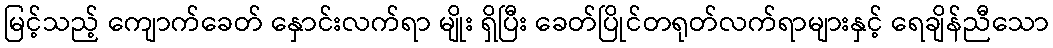
မြင့်သည့် ကျောက်ခေတ် နှောင်းလက်ရာ မျိုး ရှိပြီး ခေတ်ပြိုင်တရုတ်လက်ရာများနှင့် ရေချိန်ညီသော